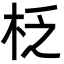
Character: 柉